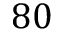
8 0